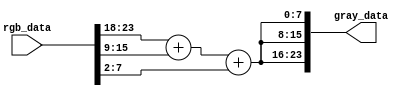
module grayscale_conversion #(
    parameter DATA_WIDTH = 24 // Assuming RGB888 format
)(
    input wire [DATA_WIDTH-1:0] rgb_data,
    output wire [DATA_WIDTH-1:0] gray_data
);

wire [7:0] r, g, b;
assign r = rgb_data[23:16];
assign g = rgb_data[15:8];
assign b = rgb_data[7:0];

wire [7:0] gray;
assign gray = (r >> 2) + (g >> 1) + (b >> 2);

assign gray_data = {gray, gray, gray};

endmodule